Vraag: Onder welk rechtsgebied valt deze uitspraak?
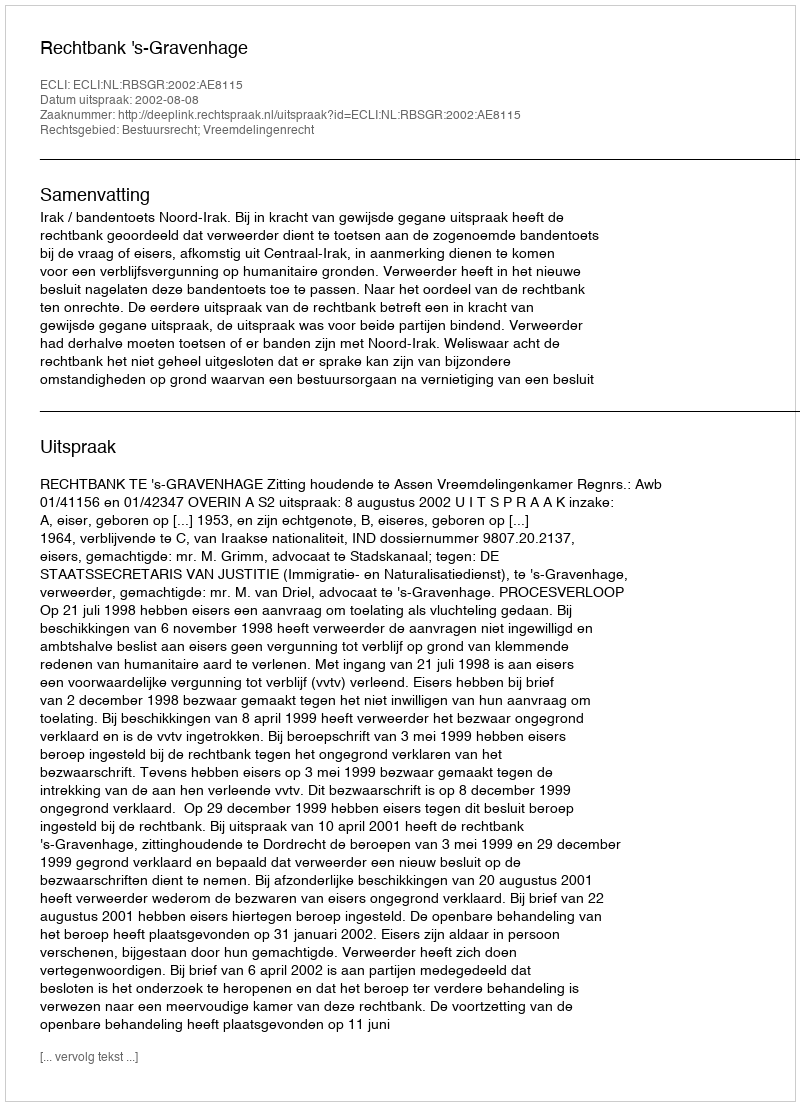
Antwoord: Bestuursrecht; Vreemdelingenrecht